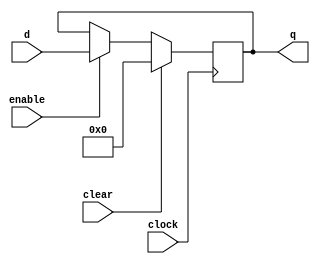
module register64 #(parameter qInitial = 0)(
	input clear, clock, enable, 
	input wire [63:0] d,
	output reg [63:0] q
);

initial 
begin
	q = qInitial;
end

always @ (posedge clock)
		begin 
			if (clear) begin
				q <= {63{1'b0}};
			end
			else if (enable) begin
				q <= d;
			end
		end
endmodule